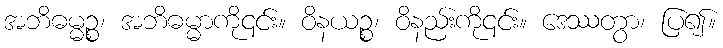
အဘိဓမ္မဉ္စ၊ အဘိဓမ္မာကို၎င်း။ ဝိနယဉ္စ၊ ဝိနည်းကို၎င်း။ ဒေဿတွာ၊ ပြ၍။